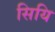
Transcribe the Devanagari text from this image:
सियि